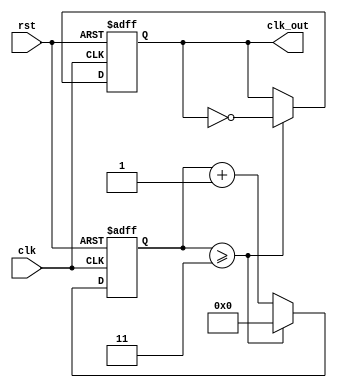
/*********************************************************************************
*FileName:	frequency divider
*Version:	v1
*Description:  
			1-850%verilog
			https://mp.weixin.qq.com/s/AbA8Mo3Lmqm3-yiFjKjR4Q
			
			321
						7=3+4()clknclkp
						
			https://mp.weixin.qq.com/s/CCzeUW0OG-QHwxEmbC61eA
						https://mp.weixin.qq.com/s/R4FJaK_6H3LKXQ7zwNV2Yg
						[]
*Others:  
*Function List:
1.
2.
*History:  //
1.Date:
Author:
Modification:
2.
**********************************************************************************/

module divider_even (clk,rst,clk_out);
input clk,rst;
output clk_out;
reg clk_out;
reg [5:0] counter;
parameter divider='d8;

always @ (posedge clk, posedge rst) begin
if (rst) begin clk_out <= 'b0; counter <= 'd0; end
else begin
	if (counter >= (divider/2-1)) begin  counter <= 'd0; clk_out=~clk_out; end
	else counter <= counter +1;
	end
end
endmodule


module divider_odd (clk,rst,clk_out);
input clk,rst;
output clk_out;
reg clk_out;
reg [5:0] counter;
parameter divider='d7;

always @ (posedge clk, posedge rst) begin
if (rst) begin clk_out <= 'b0; counter <= 'd0; end
else begin
	if (counter >= (divider-1)) begin  counter <= 'd0; clk_out=~clk_out; end
	else if (counter == (divider-1)/2) begin counter <= counter +1; clk_out=~clk_out; end
	else counter <= counter +1;
	end
end
endmodule

module divider_odd2 (clk,rst,clk_out);
input clk,rst;
output clk_out;
reg clkn,clkp;
reg [5:0] counter;
parameter divider='d7;

always @ (posedge clk, posedge rst) begin
if (rst) begin clkp <= 'b0; counter <= 'd0; end
else begin
	if (counter >= (divider-1)) begin  counter <= 'd0; clkp=~clkp; end
	else if (counter == (divider-1)/2) begin counter <= counter +1; clkp=~clkp; end
	else counter <= counter +1;
	end
end

always @ (negedge clk) begin
clkn<=clkp;
end

assign clk_out = clkn | clkp;

endmodule



module clk;
reg clk,rst;
wire clk_out_even,clk_out_odd,clk_out_odd2;

divider_even U1 (clk,rst,clk_out_even);
divider_odd U2 (clk,rst,clk_out_odd);
divider_odd2 U3 (clk,rst,clk_out_odd2);

initial begin
{clk,rst}=2'b0;
#7 rst=1;
#27 rst=0;
end

always #5 clk=~clk;

endmodule